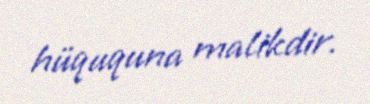
hüququna malikdir.